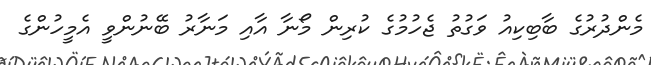
މެންދުރުގެ ބާބިކިއު ވަގުތު ޖެހުމުގެ ކުރިން މޯނާ އާއި މަނާރު ބޭނުންވީ އެމީހުންގެ